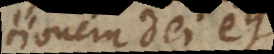
tionem Dei et